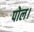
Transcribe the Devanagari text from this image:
पोल।